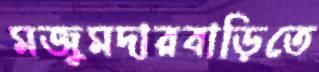
মজুমদারবাড়িতে